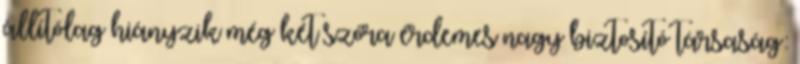
állítólag hiányzik még két szóra érdemes nagy biztosító társaság: